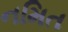
નમિત